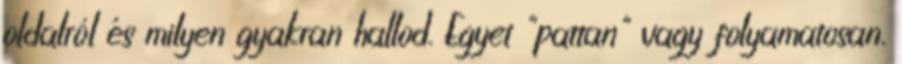
oldalról és milyen gyakran hallod. Egyet "pattan" vagy folyamatosan.